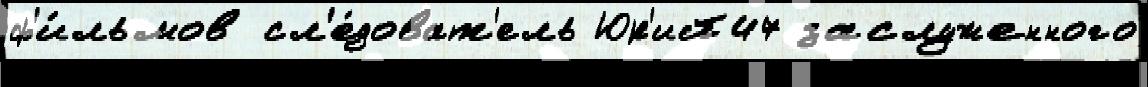
ф'и́льмов сл'е́доват'ель Юр'ий47 заслуженного